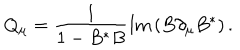
Q _ { \mu } = { \frac { 1 } { 1 - B ^ { * } B } } \mathrm { I m } \left( B \partial _ { \mu } B ^ { * } \right) .